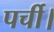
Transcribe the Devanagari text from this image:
पर्ची।